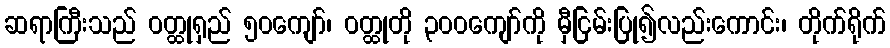
ဆရာကြီးသည် ဝတ္ထုရှည် ၅၀ကျော်၊ ဝတ္ထုတို ၃၀၀ကျော်ကို မှီငြမ်းပြု၍လည်းကောင်း၊ တိုက်ရိုက်